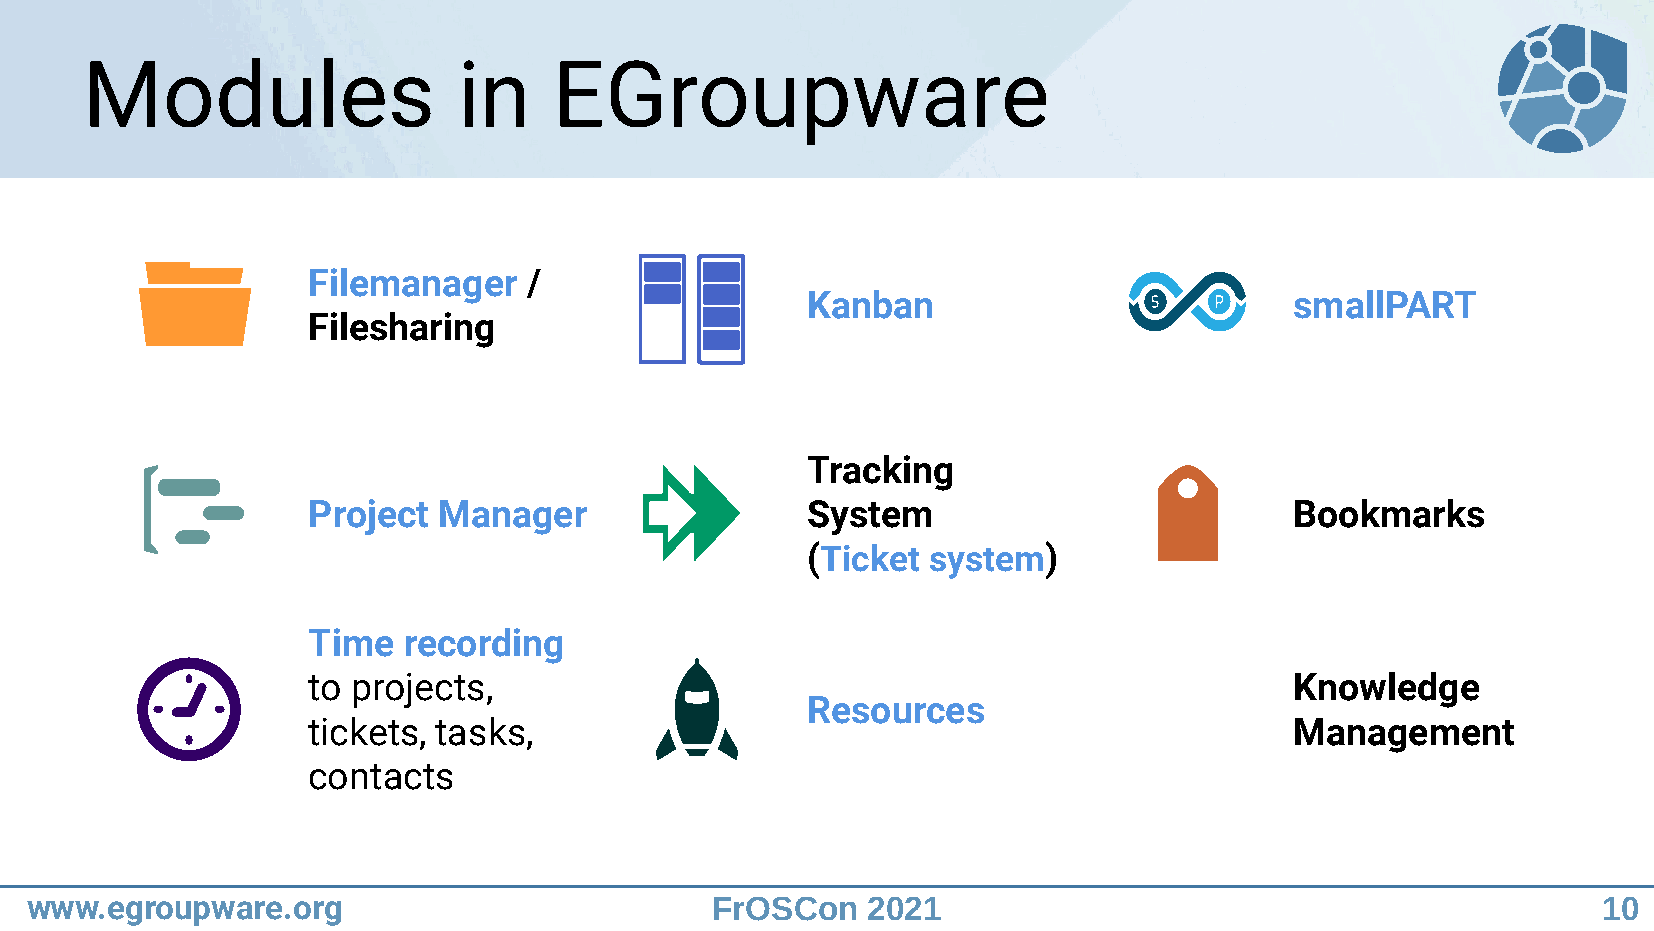
Modules                  in     EGroupware
 Filemanager    /
 Kanban                           smallPART
 Filesharing
 Tracking
 Project  Manager                 System                           Bookmarks
 (Ticket system)
 Time   recording
 to projects,                                                      Knowledge
 Resources
 tickets, tasks,                                                   Management
 contacts
 www.egroupware.org                           FrOSCon   2021                                             10